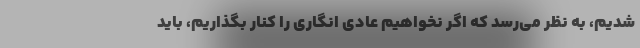
شدیم، به نظر می‌رسد که اگر نخواهیم عادی انگاری را کنار بگذاریم، باید